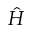
\hat { H }